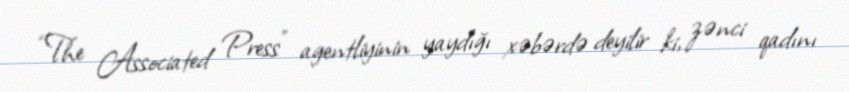
“The Associated Press” agentliyinin yaydığı xəbərdə deyilir ki, zənci qadını